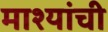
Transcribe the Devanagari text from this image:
माश्यांची